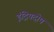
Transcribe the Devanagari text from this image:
इंद्रियदोष